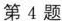
第4题